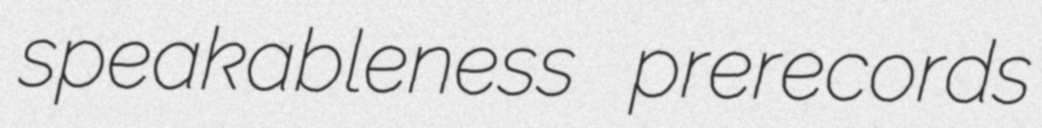
speakableness prerecords